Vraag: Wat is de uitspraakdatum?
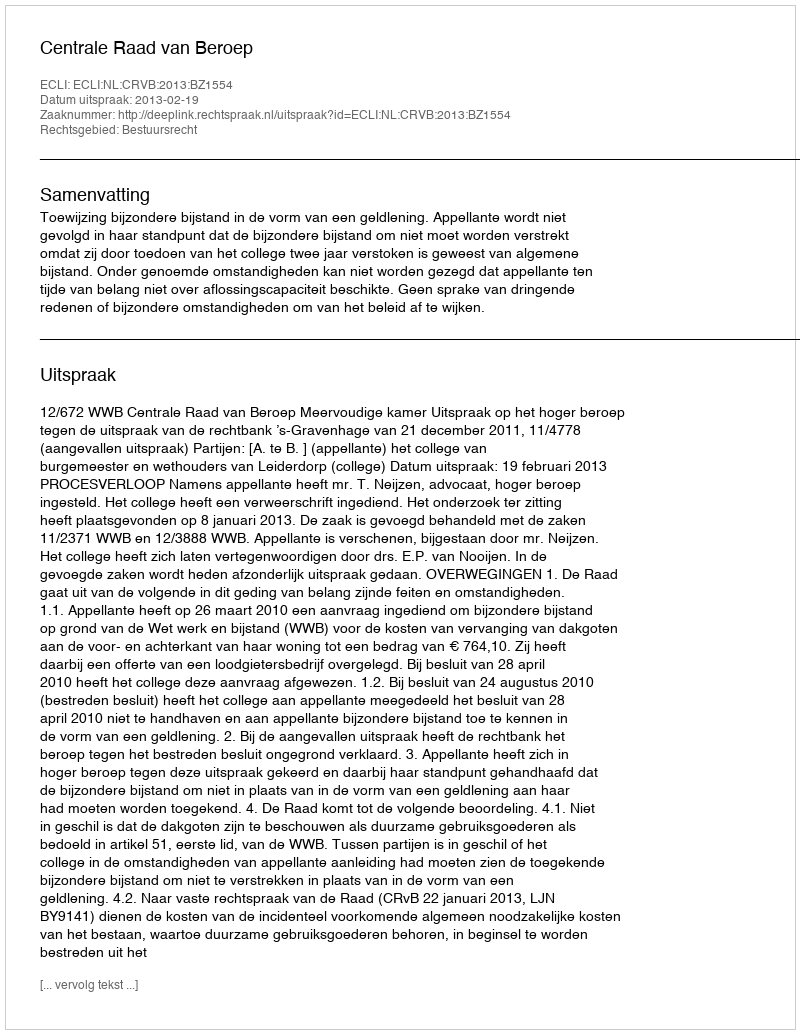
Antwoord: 2013-02-19